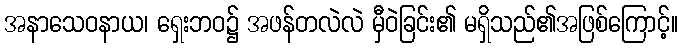
အနာသေဝနာယ၊ ရှေးဘဝ၌ အဖန်တလဲလဲ မှီဝဲခြင်း၏ မရှိသည်၏အဖြစ်ကြောင့်။